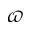
\varpi